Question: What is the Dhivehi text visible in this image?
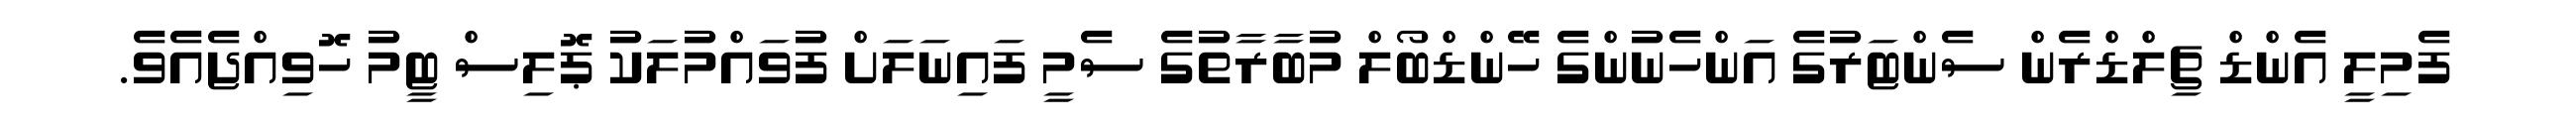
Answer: ފެމިލީ އެންޑް ޗިލްޑްރެން ސެންޓަރުގެ އަންހެނުންގެ ހޭންޑްބޯލް މުބާރާތުގެ ސެމީ ފައިނަލަށް ފުވައްމުލަކު ޕޮލިސް ޓީމު ހޮވިއްޖެއެވެ.